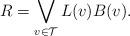
LaTeX: \begin{align*}R = \bigvee_{v \in \mathcal{T}}{L(v)B(v)}.\end{align*}